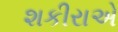
શકીરાએ